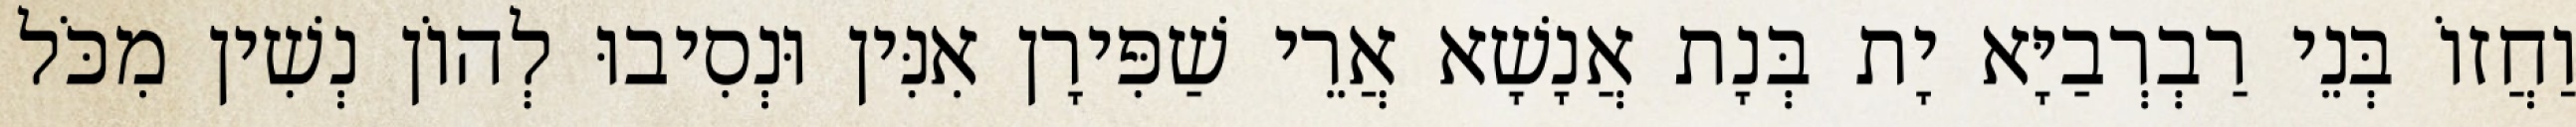
וַחֲזוֹ בְּנֵי רַבְרְבַיָּא יָת בְּנָת אֲנָשָׁא אֲרֵי שַׁפִּירָן אִנִּין וּנְסִיבוּ לְהוֹן נְשִׁין מִכֹּל